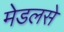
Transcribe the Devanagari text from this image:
मेडलसे